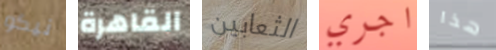
نيكو القاهرة الثعابين اجري هذا